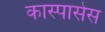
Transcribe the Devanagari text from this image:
कास्पासेस